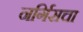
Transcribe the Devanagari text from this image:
नर्गिसचा